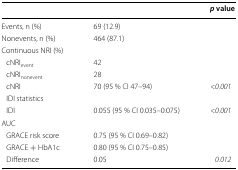
|  |  | p value |
 | --- | --- | --- |
 | Events, n (%) | 69 (12.9) |  |
 | Nonevents, n (%) | 464 (87.1) |  |
 | Continuous NRI (%) |  |  |
 | cNRIevent | 42 |  |
 | cNRInonevent | 28 |  |
 | cNRI | 70 (95 % CI 47–94) | <0.001 |
 | <COLSPAN=3> IDI statistics |
 | IDI | 0.055 (95 % CI 0.035–0.075) | <0.001 |
 | AUC |  |  |
 | GRACE risk score | 0.75 (95 % CI 0.69–0.82) |  |
 | GRACE + HbA1c | 0.80 (95 % CI 0.75–0.85) |  |
 | Difference | 0.05 | 0.012 |